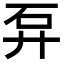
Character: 𥐧